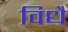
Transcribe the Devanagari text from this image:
विधै